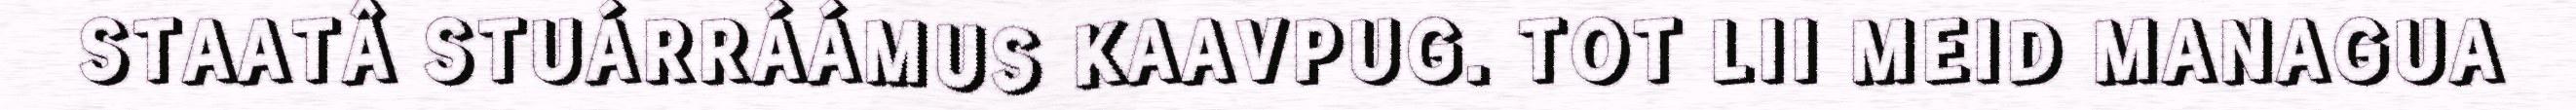
STAATÂ STUÁRRÁÁMUS KAAVPUG. TOT LII MEID MANAGUA